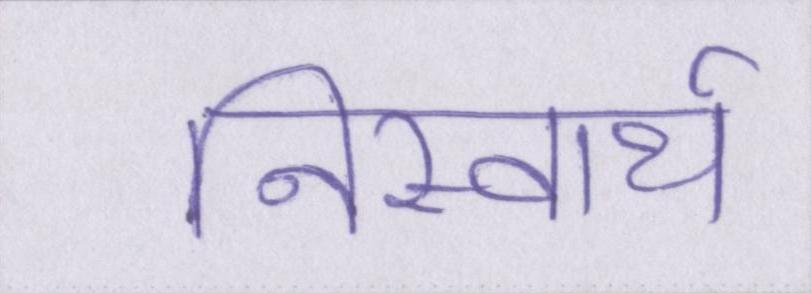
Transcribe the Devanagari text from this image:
निस्वार्थ